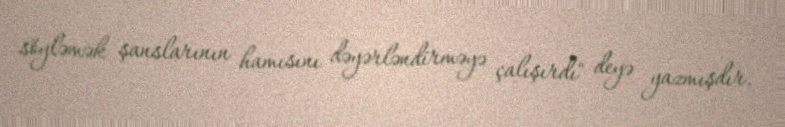
söyləmək şanslarının hamısını dəyərləndirməyə çalışırdı" deyə yazmışdır.